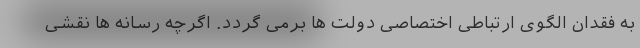
به فقدان الگوی ارتباطی اختصاصی دولت ها برمی گردد. اگرچه رسانه ها نقشی